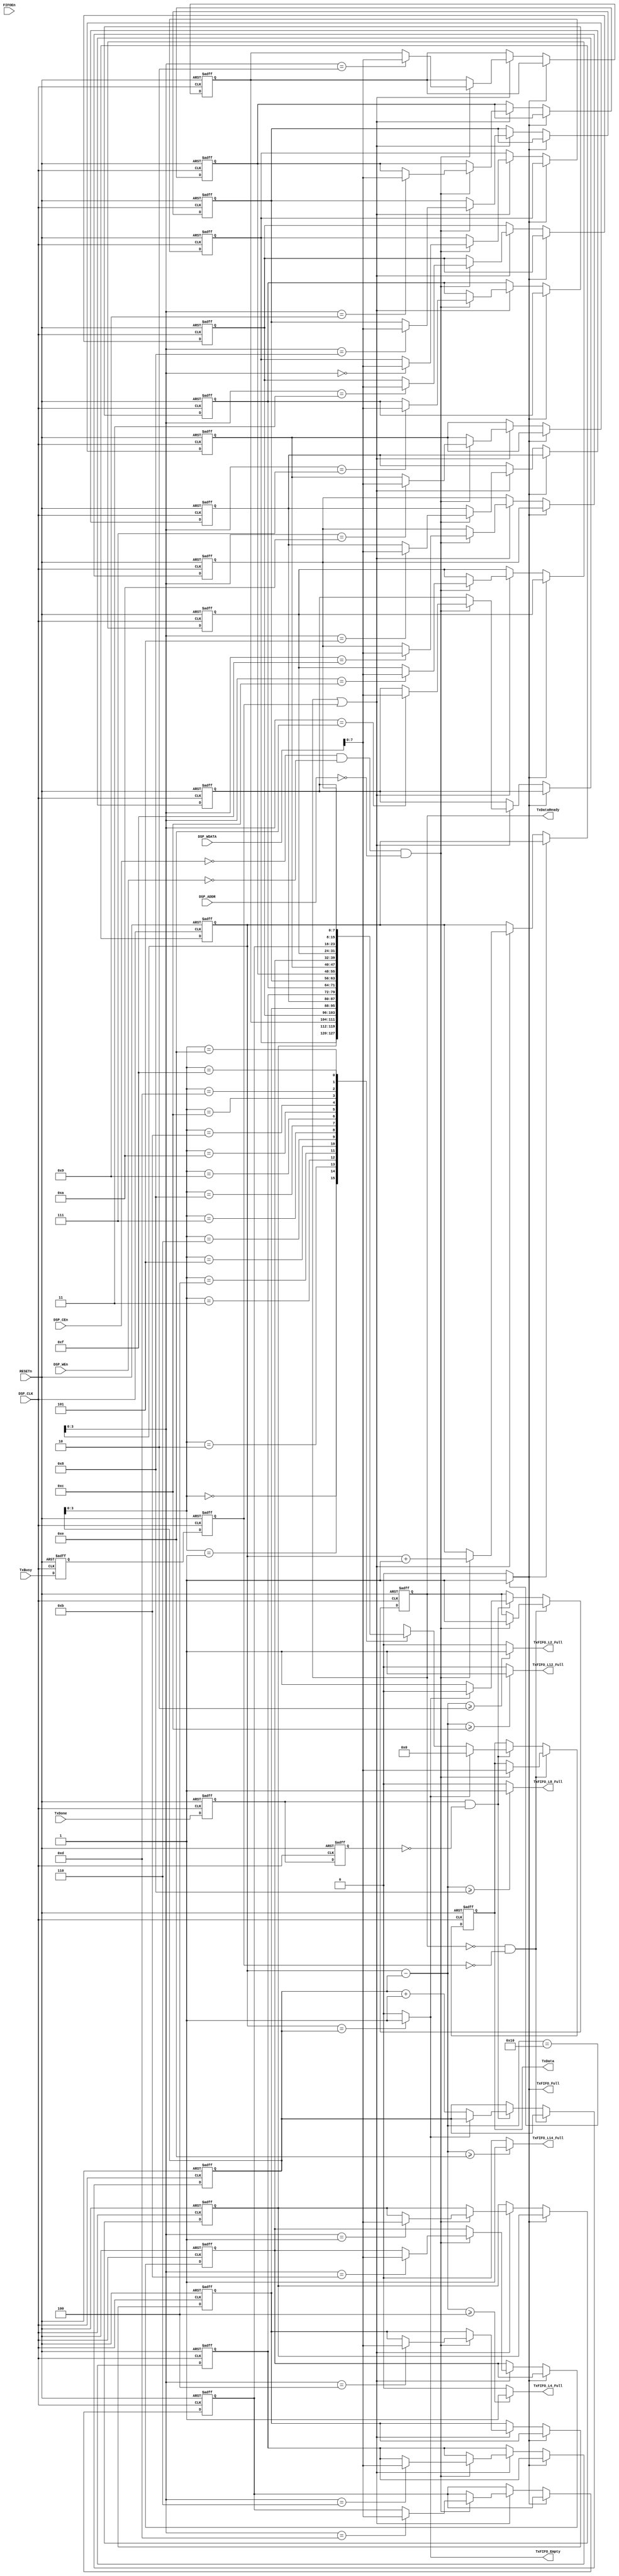
/********************************************************************************
 *																				*
 *		UartTxFIFOCtrl.v  Ver 0.1													*
 *																				*
 *		COPYRIGHT (C) SAMSUNG THALES CO., LTD. ALL RIGHTS RESERVED				*
 *																				*
 *		Designed by	Yoon Dong Joon												*
 *																				*
 ********************************************************************************
 *																				*
 *		Support Verilog 2001 Syntax												*
 *																				*
 *		Update history : 2007.05.22	 original authored (Ver.0.1)				*
 *																				*
 ********************************************************************************/	

`timescale 1ns/1ps		

module UartTxFIFOCtrl(
	//---------------------------------------------------------------------------
	//	Clock and Reset Signals
	//---------------------------------------------------------------------------
	input			RESETn,
	
	//---------------------------------------------------------------------------
	//	DSP Interface
	//---------------------------------------------------------------------------
	input			DSP_CLK,
	input			DSP_CEn,
	input	[3:0]	DSP_ADDR,
	input	[31:0]	DSP_WDATA,
	input			DSP_WEn,
	
	//---------------------------------------------------------------------------
	//	TxFIFO Control Signals
	//---------------------------------------------------------------------------
	input			FIFOEn,
	
	//---------------------------------------------------------------------------
	//	UART Tx Controller Interface
	//---------------------------------------------------------------------------
	input			TxBusy,
	input			TxDone,
	output			TxDataReady,
	output	[7:0]	TxData,
	
	//---------------------------------------------------------------------------
	//	TxFIFO Status
	//---------------------------------------------------------------------------
	output			TxFIFO_Empty,		
	output			TxFIFO_Full,		    
	output			TxFIFO_L14_Full,	    
	output			TxFIFO_L12_Full,	    
	output			TxFIFO_L8_Full,	    
	output			TxFIFO_L4_Full,	    
	output			TxFIFO_L2_Full	    
);

//-------------------------------------------------------------------------------
//	Internal Signals
//-------------------------------------------------------------------------------
reg		[7:0]	TxFIFO[0:15];
reg		[4:0]	iWp;
reg		[4:0]	iRp;  
wire	[4:0]	iTxFIFOLevel;
wire			iTxFIFO_Empty;

reg				d0_TxBusy;
reg				d1_TxBusy;
reg				d0_TxDone;
reg				d1_TxDone;

reg		[7:0]	iTxData;
reg				iTxDataReady;

//-------------------------------------------------------------------------------
//	UART Tx Controller Signals Synchronize
//-------------------------------------------------------------------------------
always@(posedge DSP_CLK, negedge RESETn)
begin
	if(!RESETn) begin
		d0_TxBusy	<= 1'b0;
		d1_TxBusy	<= 1'b0;
		d0_TxDone	<= 1'b0;
		d1_TxDone	<= 1'b0;
	end
	else begin
		d0_TxBusy	<= TxBusy;
		d1_TxBusy	<= d0_TxBusy;
		
		d0_TxDone	<= TxDone;
		d1_TxDone	<= d0_TxDone;
	end
end

//-------------------------------------------------------------------------------
//	FIFO Write Operation
//-------------------------------------------------------------------------------
//integer i;
always@(posedge DSP_CLK, negedge RESETn)
begin
	if(!RESETn) begin
		//for(i=0;i<16;i=i+1) begin
		//	TxFIFO[i]	<= 8'd0;
		//end	
		TxFIFO[0] <= 8'd0;
		TxFIFO[1] <= 8'd0;
		TxFIFO[2] <= 8'd0;
		TxFIFO[3] <= 8'd0;
		TxFIFO[4] <= 8'd0;
		TxFIFO[5] <= 8'd0;
		TxFIFO[6] <= 8'd0;
		TxFIFO[7] <= 8'd0;
		TxFIFO[8] <= 8'd0;
		TxFIFO[9] <= 8'd0;
		TxFIFO[10] <= 8'd0;
		TxFIFO[11] <= 8'd0;
		TxFIFO[12] <= 8'd0;
		TxFIFO[13] <= 8'd0;
		TxFIFO[14] <= 8'd0;
		TxFIFO[15] <= 8'd0;
		iWp		<= 4'd0;
	end	
	else begin 
		if(!TxFIFO_Full)begin
			if(iTxDataReady || d1_TxBusy) begin
				if(!DSP_CEn && !DSP_WEn && DSP_ADDR == 4'b0000) begin
					TxFIFO[iWp[3:0]]	<= DSP_WDATA[7:0];
					iWp					<= iWp + 1;
				end
			end
		end
	end
end
//-------------------------------------------------------------------------------
//	FIFO Read Operation
//-------------------------------------------------------------------------------
always@(posedge DSP_CLK, negedge RESETn)
begin
	if(!RESETn) begin
		iTxData			<= 8'd0;
		iTxDataReady	<= 1'b0;
		iRp				<= 4'd0;
	end
	else begin
		if(!iTxDataReady && !d1_TxBusy) begin
			if(!DSP_CEn && !DSP_WEn && DSP_ADDR == 4'b0000) begin
				iTxData			<= DSP_WDATA[7:0];
				iTxDataReady	<= 1'b1;
			end
		end
		else if(d0_TxDone && !d1_TxDone) begin
			if(iTxFIFO_Empty) begin
				iTxData			<= 8'd0;
				iTxDataReady	<= 1'b0;
			end
			else begin
				iTxData			<= TxFIFO[iRp[3:0]];
				iTxDataReady	<= 1'b1;
				iRp				<= iRp + 1;
			end
		end
	end
end

assign TxData		= iTxData;
assign TxDataReady	= iTxDataReady;

//-------------------------------------------------------------------------------
//	FIFO Status
//-------------------------------------------------------------------------------
assign iTxFIFOLevel		= iWp - iRp;

assign iTxFIFO_Empty	= (iWp == iRp) ? 1'b1 : 1'b0;

assign TxFIFO_Empty		= iTxFIFO_Empty;
assign TxFIFO_Full		= (iTxFIFOLevel == 16) ? 1'b1 : 1'b0;
assign TxFIFO_L14_Full	= (iTxFIFOLevel >= 14) ? 1'b1 : 1'b0;
assign TxFIFO_L12_Full	= (iTxFIFOLevel >= 12) ? 1'b1 : 1'b0;
assign TxFIFO_L8_Full	= (iTxFIFOLevel >= 8) ? 1'b1 : 1'b0;
assign TxFIFO_L4_Full	= (iTxFIFOLevel >= 4) ? 1'b1 : 1'b0;
assign TxFIFO_L2_Full	= (iTxFIFOLevel >= 2) ? 1'b1 : 1'b0;

endmodule